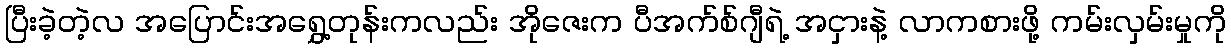
ပြီးခဲ့တဲ့လ အပြောင်းအရွှေ့တုန်းကလည်း အိုဇေးက ပီအက်စ်ဂျီရဲ့ အငှားနဲ့ လာကစားဖို့ ကမ်းလှမ်းမှုကို